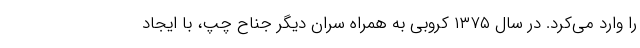
را وارد می‌کرد. در سال ۱۳۷۵ کروبی به همراه سران دیگر جناح چپ، با ایجاد